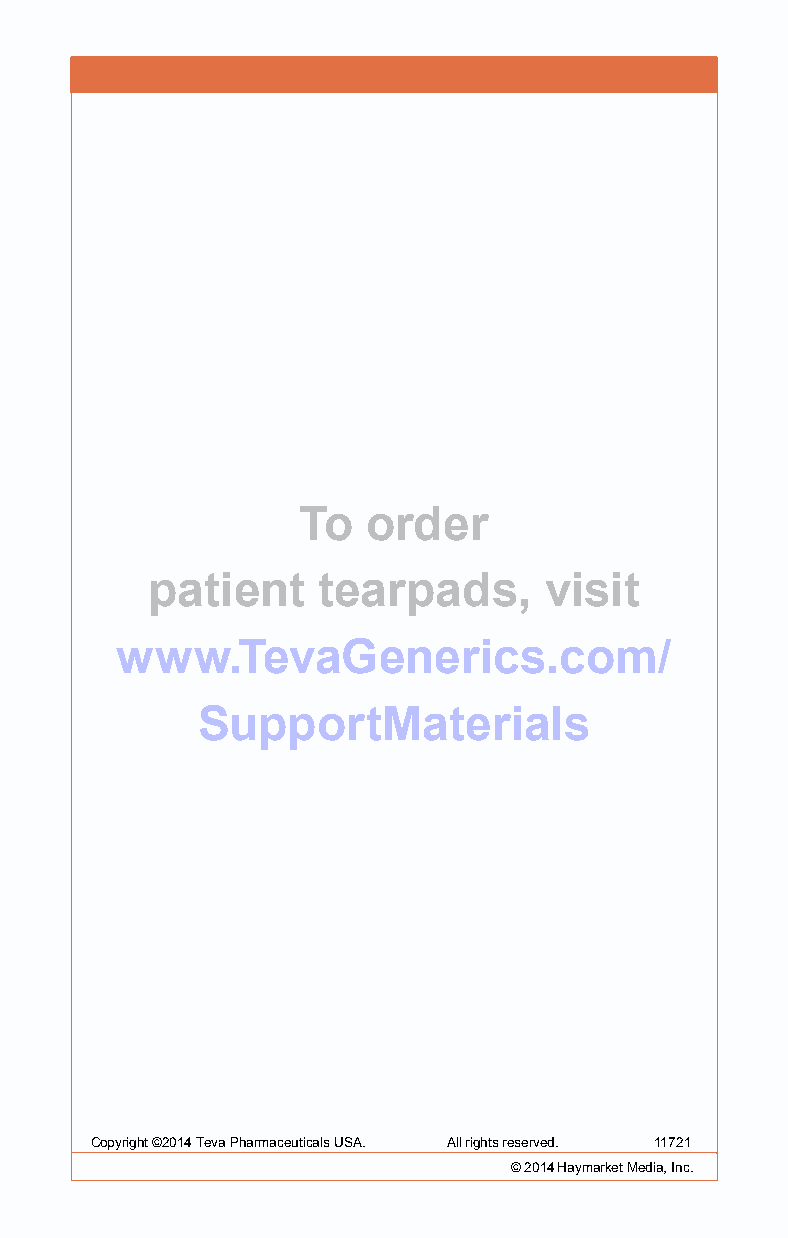
To  order
 patient    tearpads,      visit
 www.TevaGenerics.com/
 SupportMaterials
 Copyright ©2014 Teva Pharmaceuticals USA. All rights reserved. 11721
 Copyright © 2010 ©P r2e0s1c4ri bHinagy mRaerfkeeret nMceed LiaL,C Inc.